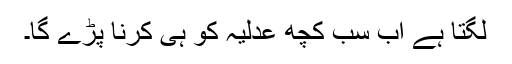
لگتا ہے اب سب کچھ عدلیہ کو ہی کرنا پڑے گا۔